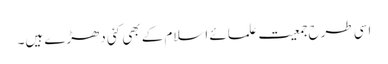
اسی طرح جمعیت علمائے اسلام کے بھی کئی دھڑے ہیں۔